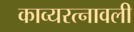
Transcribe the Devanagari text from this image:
काव्यरत्‍नावली